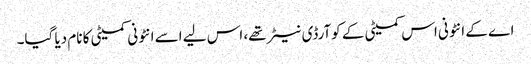
اے کے انٹونی اس کمیٹی کے کوآرڈی نیٹر تھے، اس لیے اسے انٹونی کمیٹی کا نام دیا گیا۔